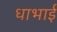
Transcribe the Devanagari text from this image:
धाभाई